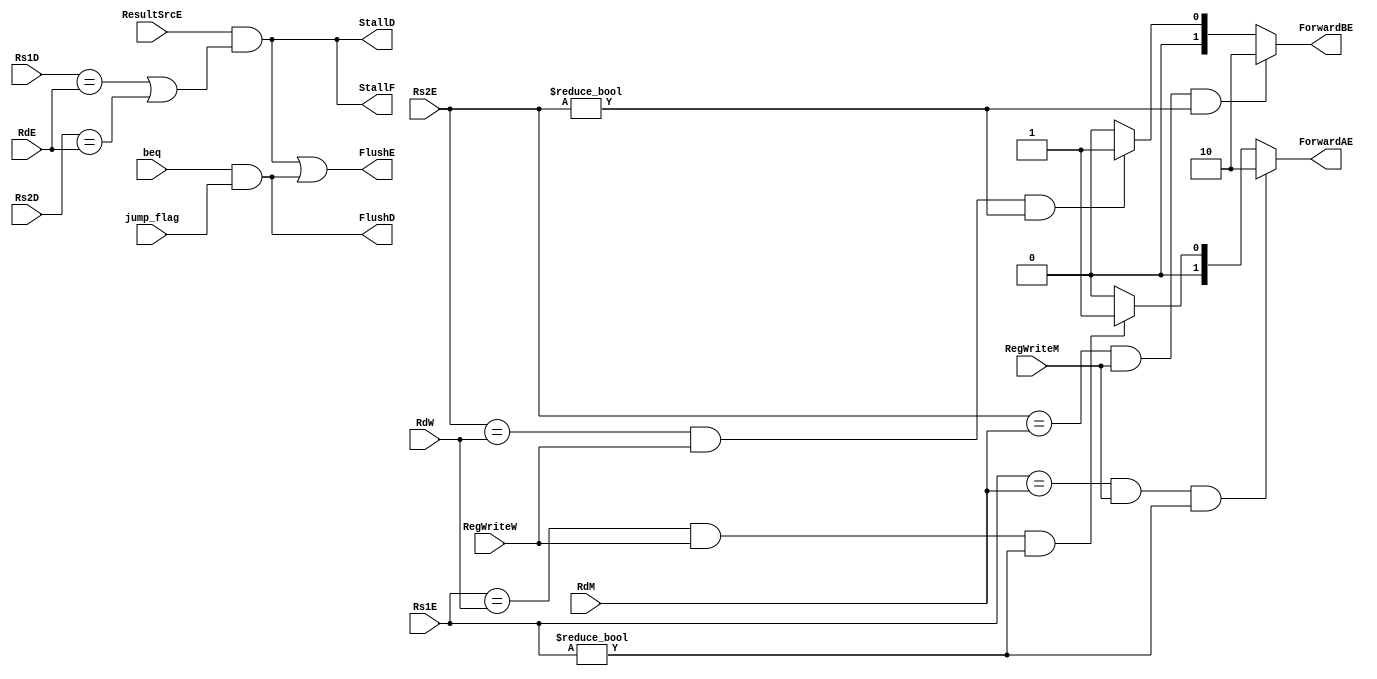
`timescale 1ns / 1ps

module hazard_controller(ForwardAE, ForwardBE, StallF, StallD, FlushD, Rs1D, Rs2D, FlushE, RdE, beq, jump_flag, ResultSrcE, Rs1E, Rs2E, RdM, RegWriteM, RdW, RegWriteW);
output [1:0] ForwardAE, ForwardBE;
output StallF, StallD, FlushD, FlushE; 
input [4:0] Rs1D, Rs2D, RdE;
input beq, jump_flag, ResultSrcE;
input [4:0] Rs1E, Rs2E, RdM;
input RegWriteM;
input [4:0] RdW;
input RegWriteW;

assign ForwardAE = 
    ((Rs1E == RdM) & RegWriteM & (Rs1E!=0))? 2 :
    (
        ((Rs1E == RdW) & RegWriteW &(Rs1E!=0))? 1:0
    );
assign ForwardBE = 
        ((Rs2E == RdM) & RegWriteM & (Rs2E!=0))? 2 :
        (
            ((Rs2E == RdW) & RegWriteW &(Rs2E!=0))? 1:0
        );    

wire lwStall;

assign lwStall = ResultSrcE & ((Rs1D==RdE) | (Rs2D == RdE));
assign StallF = lwStall;
assign StallD = lwStall;
assign FlushD = beq & jump_flag;
assign FlushE = lwStall | FlushD;

endmodule